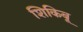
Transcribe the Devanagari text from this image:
शिकिबू